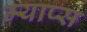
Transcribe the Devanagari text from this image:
म्याप्स